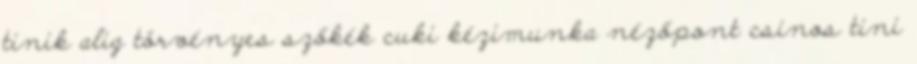
tinik alig törvényes szőkék cuki kézimunka nézőpont csinos tini